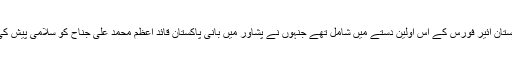
وہ پاکستان ائیر فورس کے اس اولین دستے میں شامل تھے جنہوں نے پشاور میں بانی پاکستان قائد اعظم محمد علی جناح کو سلامی پیش کی تھی۔